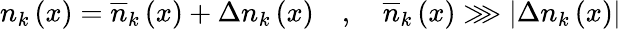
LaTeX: n_{k}\left(x\right)=\overline{{n}}_{k}\left(x\right)+\Delta n_{k}\left(x\right)\quad,\quad\overline{{n}}_{k}\left(x\right)\ggg\left|\Delta n_{k}\left(x\right)\right|